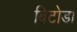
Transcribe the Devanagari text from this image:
बिटोडा